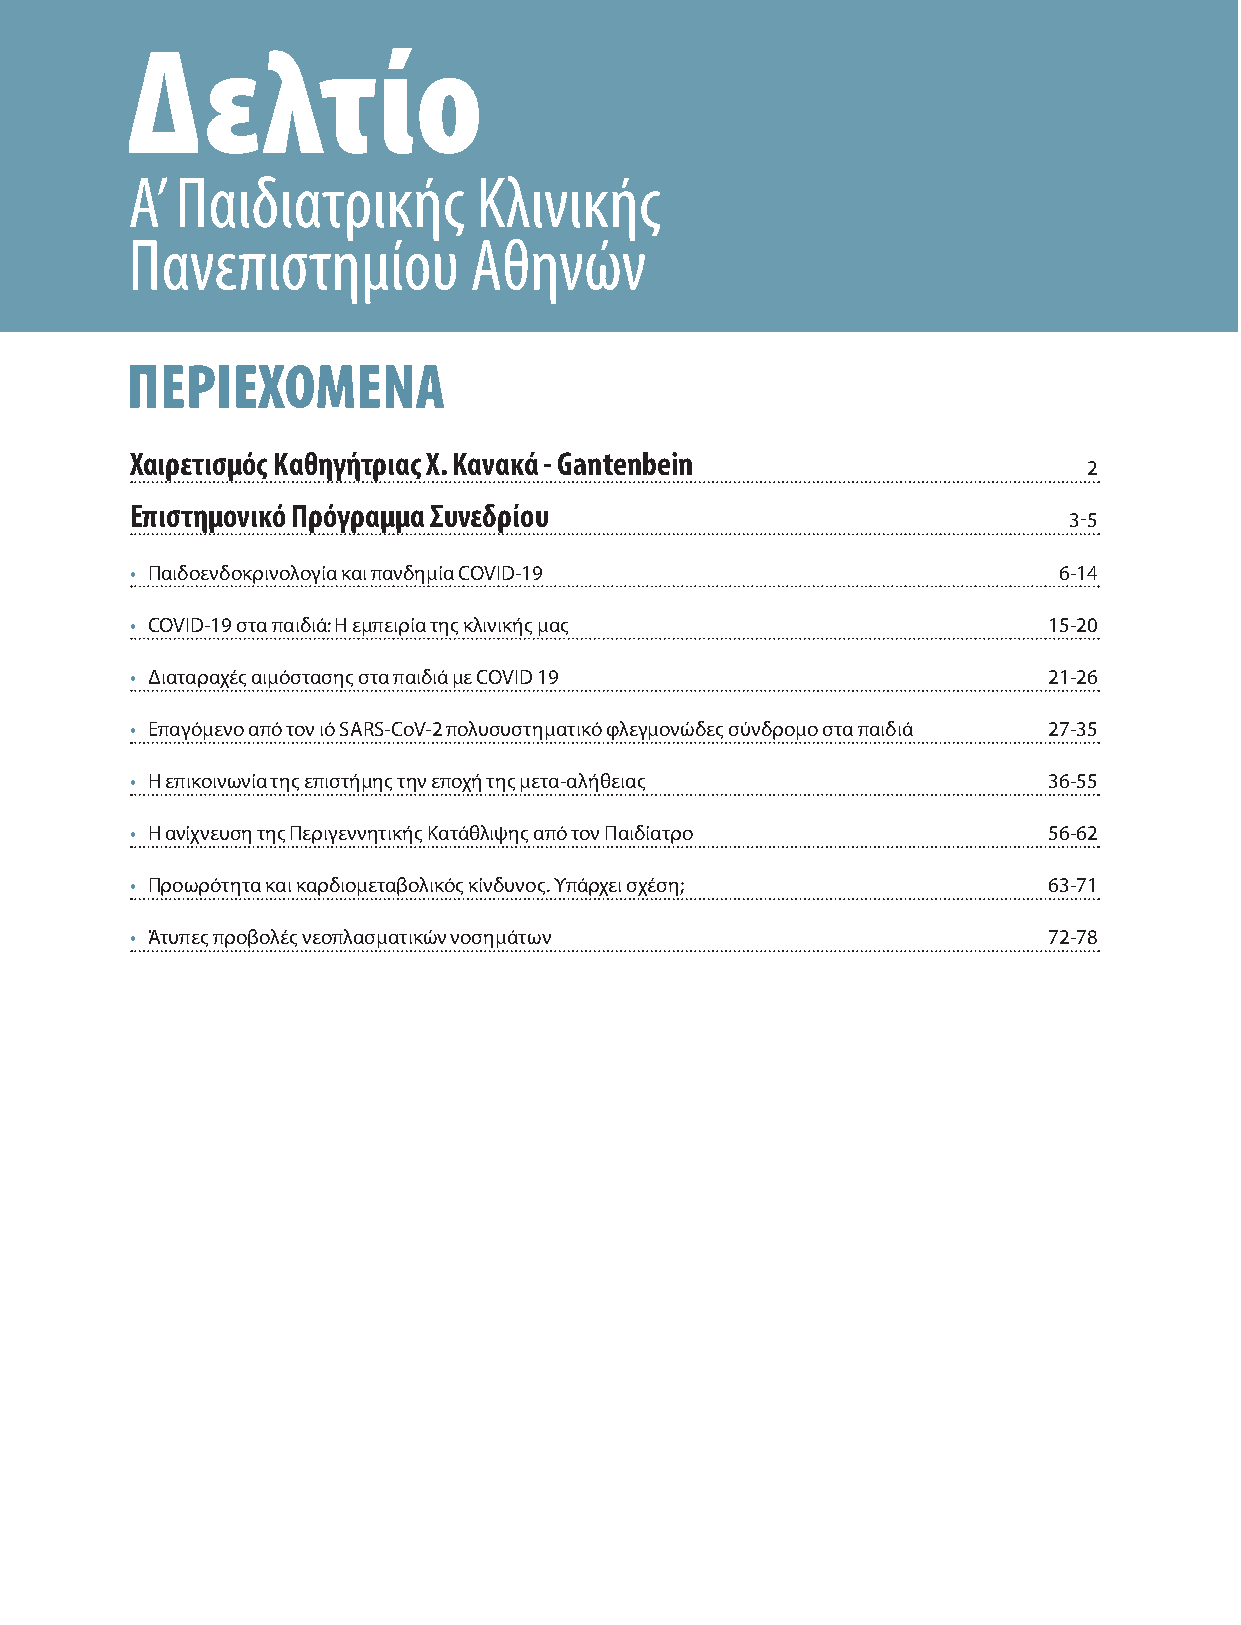
Δελτίο
 Α’  Παιδιατρικής        Κλινικής
 Πανεπιστημίου          Αθηνών
 ΠΕΡΙΕΧΟΜΕΝΑ
 Χαιρετισμός Καθηγήτριας Χ. Κανακά - Gantenbein
 2
 Επιστημονικό Πρόγραμμα Συνεδρίου
 3-5
 • Παιδοενδοκρινολογία και πανδημία COVID-19                  6-14
 • COVID-19 στα παιδιά: H εμπειρία της κλινικής μας          15-20
 • Διαταραχές αιμόστασης στα παιδιά με COVID 19              21-26
 • Επαγόμενο από τον ιό SARS-CoV-2 πολυσυστηματικό φλεγμονώδες σύνδρομο στα παιδιά 27-35
 • Η επικοινωνία της επιστήμης την εποχή της μετα-αλήθειας   36-55
 • Η ανίχνευση της Περιγεννητικής Κατάθλιψης από τον Παιδίατρο 56-62
 • Προωρότητα και καρδιομεταβολικός κίνδυνος. Υπάρχει σχέση; 63-71
 • Άτυπες προβολές νεοπλασματικών νοσημάτων                  72-78